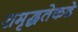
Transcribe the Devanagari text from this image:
समृद्धतेकडे